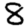
Digit: 8